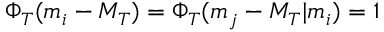
\Phi _ { T } ( m _ { i } - M _ { T } ) = \Phi _ { T } ( m _ { j } - M _ { T } \vert m _ { i } ) = 1